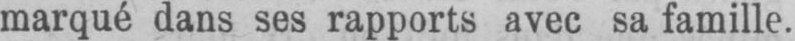
marqué dans ses rapports avec sa famille.